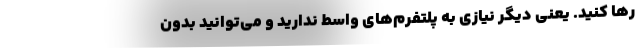
رها کنید. یعنی دیگر نیازی به پلتفرم‌های واسط ندارید و می‌توانید بدون